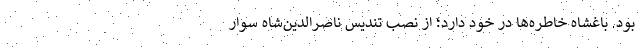
بود. باغشاه خاطره‌ها در خود دارد؛ از نصب تندیس ناصرالدین‌شاه سوار